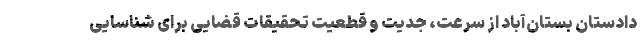
دادستان بستان‌آباد از سرعت، جدیت و قطعیت تحقیقات قضایی برای شناسایی